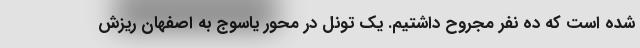
شده است که ده نفر مجروح داشتیم. یک تونل در محور یاسوج به اصفهان ریزش